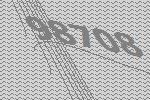
98708